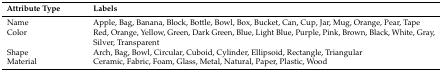
<table><thead><tr><td><b>Attribute Type</b></td><td><b>Labels</b></td></tr></thead><tbody><tr><td>Name</td><td>Apple, Bag, Banana, Block, Bottle, Bowl, Box, Bucket, Can, Cup, Jar, Mug, Orange, Pear, Tape</td></tr><tr><td>Color</td><td>Red, Orange, Yellow, Green, Dark Green, Blue, Light Blue, Purple, Pink, Brown, Black, White, Gray, Silver, Transparent</td></tr><tr><td>Shape</td><td>Arch, Bag, Bowl, Circular, Cuboid, Cylinder, Ellipsoid, Rectangle, Triangular</td></tr><tr><td>Material</td><td>Ceramic, Fabric, Foam, Glass, Metal, Natural, Paper, Plastic, Wood</td></tr></tbody></table>